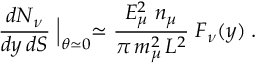
{ \frac { d N _ { \nu } } { d y \, d S } } \Bigm | _ { \theta \simeq 0 } \simeq { \frac { E _ { \mu } ^ { 2 } \; n _ { \mu } } { \pi \, m _ { \mu } ^ { 2 } \, L ^ { 2 } } } \; F _ { \nu } ( y ) \; .